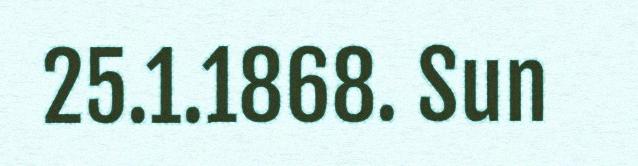
25.1.1868. Sun